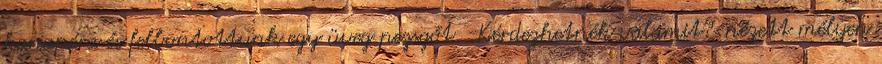
kanapéra és felbontottunk egy üveg pezsgőt. -Kérdezhetnék valamit?-nézett mélyen